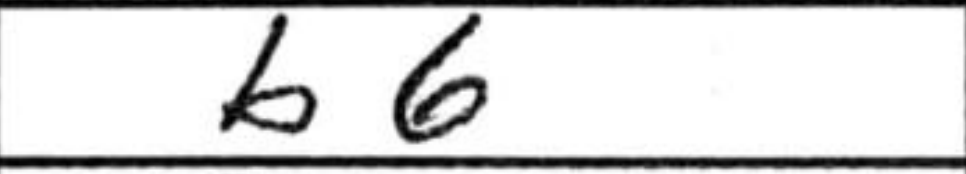
Transcription: b6